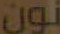
نون